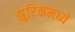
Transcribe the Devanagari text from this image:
झुरिकमध्ये